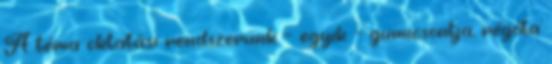
A téma oktatási rendszerünk – egyik – gumicsontja, régóta